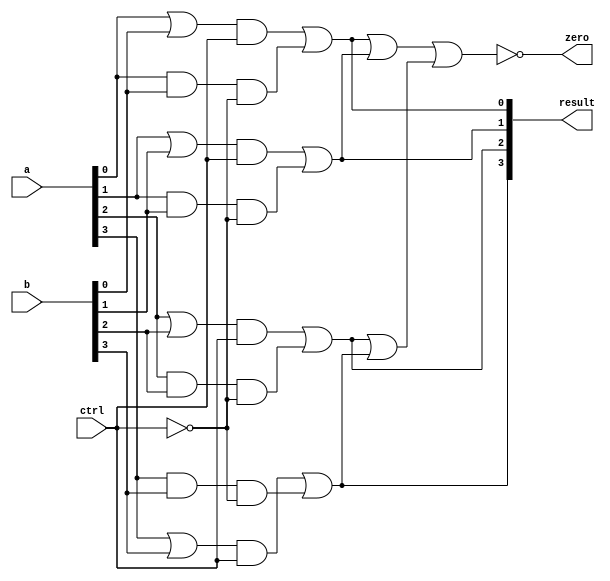
/* Generated by Yosys 0.8 (git sha1 UNKNOWN, clang 10.0.0 -fPIC -Os) */

(* src = "ALU.sv:21" *)
module ALU(a, b, ctrl, zero, result);
  (* src = "ALU.sv:31" *)
  wire [3:0] _00_;
  wire [1:0] _01_;
  wire _02_;
  (* src = "ALU.sv:32" *)
  wire [3:0] _03_;
  (* src = "ALU.sv:30|<techmap.v>:432" *)
  wire [7:0] _04_;
  wire _05_;
  (* src = "ALU.sv:22" *)
  input [3:0] a;
  (* src = "ALU.sv:23" *)
  input [3:0] b;
  (* src = "ALU.sv:24" *)
  input ctrl;
  (* src = "ALU.sv:26" *)
  output [3:0] result;
  (* src = "ALU.sv:25" *)
  output zero;
  assign result[2] = _04_[2] |(* src = "ALU.sv:30|<techmap.v>:441" *)  _04_[6];
  assign result[3] = _04_[3] |(* src = "ALU.sv:30|<techmap.v>:441" *)  _04_[7];
  assign result[1] = _04_[1] |(* src = "ALU.sv:30|<techmap.v>:441" *)  _04_[5];
  assign result[0] = _04_[0] |(* src = "ALU.sv:30|<techmap.v>:441" *)  _04_[4];
  assign _01_[0] = result[0] |(* src = "ALU.sv:36" *)  result[1];
  assign _01_[1] = result[2] |(* src = "ALU.sv:36" *)  result[3];
  assign _02_ = _01_[0] |(* src = "ALU.sv:36" *)  _01_[1];
  assign zero = ~(* src = "ALU.sv:36" *) _02_;
  assign _05_ = ~(* src = "ALU.sv:30" *) ctrl;
  assign _00_[0] = a[0] &(* src = "ALU.sv:31" *)  b[0];
  assign _00_[1] = a[1] &(* src = "ALU.sv:31" *)  b[1];
  assign _00_[2] = a[2] &(* src = "ALU.sv:31" *)  b[2];
  assign _00_[3] = a[3] &(* src = "ALU.sv:31" *)  b[3];
  assign _03_[0] = a[0] |(* src = "ALU.sv:32" *)  b[0];
  assign _03_[1] = a[1] |(* src = "ALU.sv:32" *)  b[1];
  assign _03_[2] = a[2] |(* src = "ALU.sv:32" *)  b[2];
  assign _03_[3] = a[3] |(* src = "ALU.sv:32" *)  b[3];
  assign _04_[4] = _00_[0] &(* src = "ALU.sv:30|<techmap.v>:434" *)  _05_;
  assign _04_[5] = _00_[1] &(* src = "ALU.sv:30|<techmap.v>:434" *)  _05_;
  assign _04_[6] = _00_[2] &(* src = "ALU.sv:30|<techmap.v>:434" *)  _05_;
  assign _04_[7] = _00_[3] &(* src = "ALU.sv:30|<techmap.v>:434" *)  _05_;
  assign _04_[0] = _03_[0] &(* src = "ALU.sv:30|<techmap.v>:434" *)  ctrl;
  assign _04_[1] = _03_[1] &(* src = "ALU.sv:30|<techmap.v>:434" *)  ctrl;
  assign _04_[2] = _03_[2] &(* src = "ALU.sv:30|<techmap.v>:434" *)  ctrl;
  assign _04_[3] = _03_[3] &(* src = "ALU.sv:30|<techmap.v>:434" *)  ctrl;
endmodule